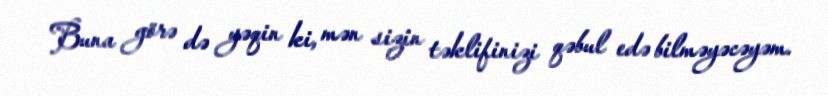
Buna görə də yəqin ki, mən sizin təklifinizi qəbul edə bilməyəcəyəm.